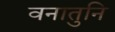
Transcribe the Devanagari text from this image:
वनातुनि